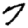
Digit: 7